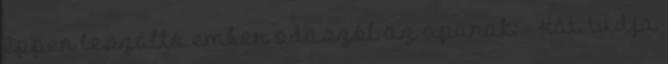
éppen leszálló ember odaszól az apának: - Hát, tudja